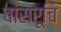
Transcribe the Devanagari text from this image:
वांसरूचि